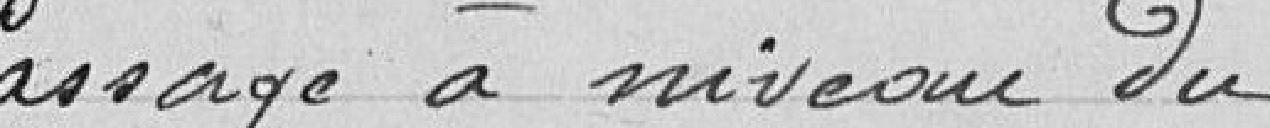
Passage à niveau du